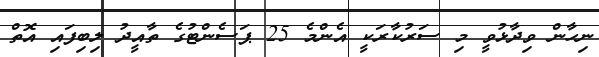
ނިހާން ވިދާޅުވީ މި ސަރުކާރަކީ އެންމެ 25 ޕަސެންޓުގެ ތާއީދު ލިބިފައި އޮތް